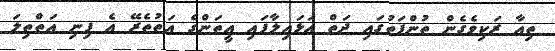
ތިއާ ރަކިވެގެން ތުންފަތުގައި ދަތް އަޅައިލާފައި އީތަންގެ އަތުތެރޭ އެ ފިނި އަތްތިލަ